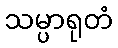
သမ္ပာရုတံ